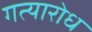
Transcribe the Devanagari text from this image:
गत्यारोध